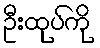
ဦးထုပ်ကို